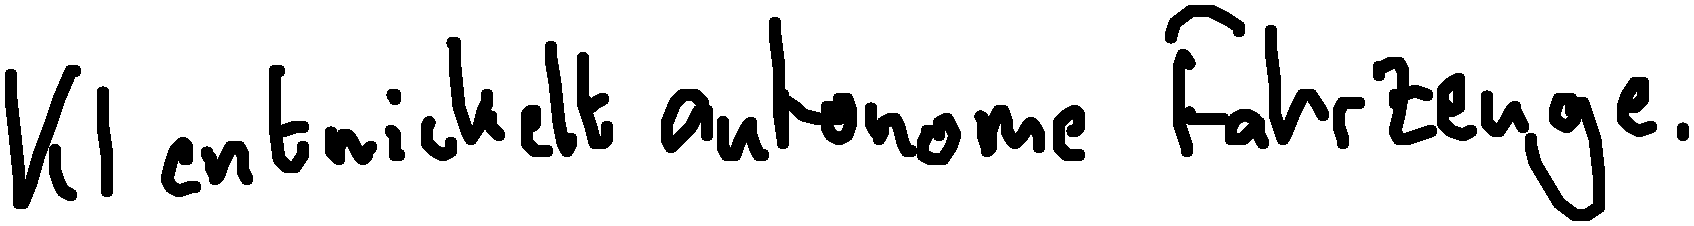
KI entwickelt autonome Fahrzeuge.